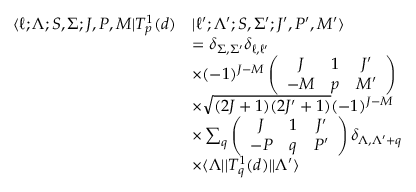
\begin{array} { r l } { \langle \ell ; \Lambda ; S , \Sigma ; J , P , M | T _ { p } ^ { 1 } ( d ) } & { | \ell ^ { \prime } ; \Lambda ^ { \prime } ; S , \Sigma ^ { \prime } ; J ^ { \prime } , P ^ { \prime } , M ^ { \prime } \rangle } \\ & { = \delta _ { \Sigma , \Sigma ^ { \prime } } \delta _ { \ell , \ell ^ { \prime } } } \\ & { \times ( - 1 ) ^ { J - M } \left( \begin{array} { c c c } { J } & { 1 } & { J ^ { \prime } } \\ { - M } & { p } & { M ^ { \prime } } \end{array} \right) } \\ & { \times \sqrt { ( 2 J + 1 ) ( 2 J ^ { \prime } + 1 ) } ( - 1 ) ^ { J - M } } \\ & { \times \sum _ { q } \left( \begin{array} { c c c } { J } & { 1 } & { J ^ { \prime } } \\ { - P } & { q } & { P ^ { \prime } } \end{array} \right) \delta _ { \Lambda , \Lambda ^ { \prime } + q } } \\ & { \times \langle \Lambda | | T _ { q } ^ { 1 } ( d ) | | \Lambda ^ { \prime } \rangle } \end{array}